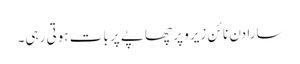
سارا دن نا ئن زیرو پر چھاپے پر بات ہوتی رہی۔